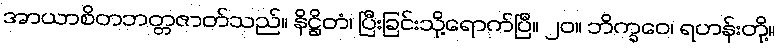
အာယာစိတဘတ္တဇာတ်သည်။ နိဋ္ဌိတံ၊ ပြီးခြင်းသို့ရောက်ပြီ။ ၂၀။ ဘိက္ခဝေ၊ ရဟန်းတို့။